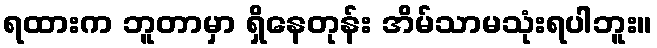
ရထားက ဘူတာမှာ ရှိနေတုန်း အိမ်သာမသုံးရပါဘူး။